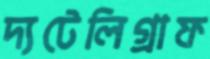
দ্যটেলিগ্রাফ